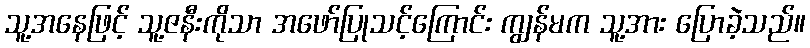
သူ့အနေဖြင့် သူ့ဇနီးကိုသာ အဖော်ပြုသင့်ကြောင်း ကျွန်မက သူ့အား ပြောခဲ့သည်။